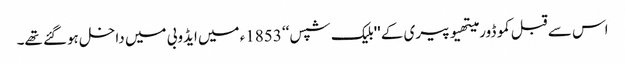
اس سے قبل کموڈور میتھیو پیری کے ''بلیک شپس‘‘ 1853ء میں ایڈوبی میں داخل ہوگئے تھے۔